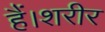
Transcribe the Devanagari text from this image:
हैं।शरीर